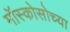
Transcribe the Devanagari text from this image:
मॉस्कोसोच्या